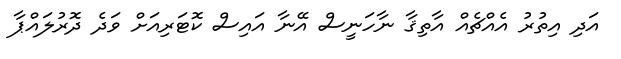
އަދި އިތުރު އެއްޗެއް އާތިޤާ ނާހަނީސް އޭނާ އައިސް ކޮޓަރިއަށް ވަދެ ދޮރުލައްޕާ